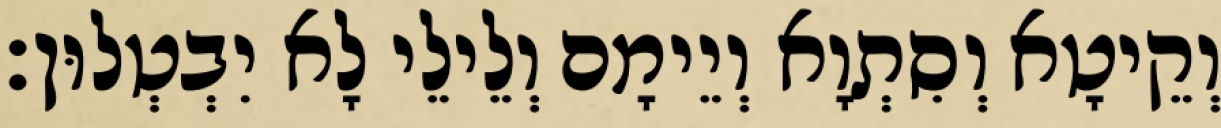
וְקֵיטָא וְסִתְוָא וְיֵימָם וְלֵילֵי לָא יִבְטְלוּן׃